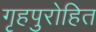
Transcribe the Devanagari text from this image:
गृहपुरोहित